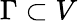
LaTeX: \Gamma\subset V